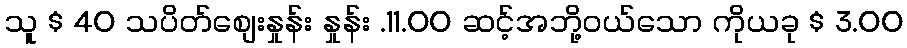
သူ $ 40 သပိတ်စျေးနှုန်း နှုန်း .11.00 ဆင့်အဘို့ဝယ်သော ကိုယခု $ 3.00